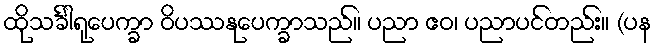
ထိုသင်္ခါရုပေက္ခာ ဝိပဿနုပေက္ခာသည်။ ပညာ ဧဝ၊ ပညာပင်တည်း။ (ပန